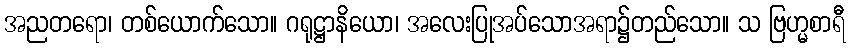
အညတရော၊ တစ်ယောက်သော။ ဂရုဋ္ဌာနိယော၊ အလေးပြုအပ်သောအရာ၌တည်သော။ သ ဗြဟ္မစာရီ